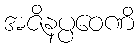
အဇိနပ္ပဝေဏိ